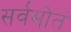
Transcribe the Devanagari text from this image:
सर्वमोतं